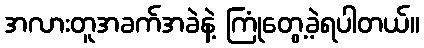
အလားတူအခက်အခဲနဲ့ ကြုံတွေ့ခဲ့ရပါတယ်။